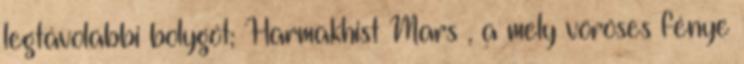
legtávolabbi bolygót; Harmakhist Mars , a mely vöröses fénye